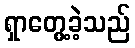
ရှာတွေ့ခဲ့သည်